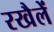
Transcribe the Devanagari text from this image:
रखैलें